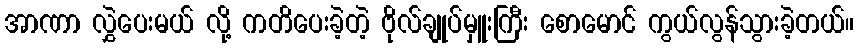
အာဏာ လွှဲပေးမယ် လို့ ကတိပေးခဲ့တဲ့ ဗိုလ်ချုပ်မှူးကြီး စောမောင် ကွယ်လွန်သွားခဲ့တယ်။